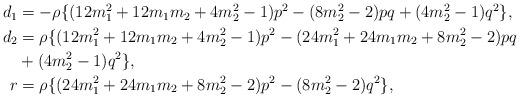
LaTeX: \begin{align*}\begin{aligned}d_1& = -\rho\{(12m_1^2+12m_1m_2+4m_2^2-1)p^2-(8m_2^2-2)pq+(4m_2^2-1)q^2\},\\ d_2& =\rho\{(12m_1^2+12m_1m_2+4m_2^2-1)p^2-(24m_1^2+24m_1m_2+8m_2^2-2)pq\\& +(4m_2^2-1)q^2\},\\ r& = \rho\{(24m_1^2+24m_1m_2+8m_2^2-2)p^2-(8m_2^2-2)q^2\},\end{aligned}\end{align*}